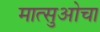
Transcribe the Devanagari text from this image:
मात्सुओचा